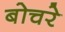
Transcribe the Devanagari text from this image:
बोचरे